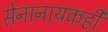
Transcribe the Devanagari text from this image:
सेनानायकही